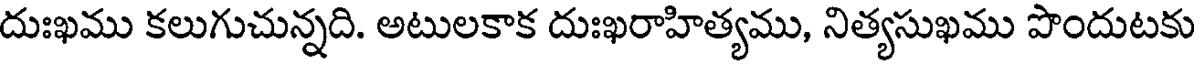
దుఃఖము కలుగుచున్నది. అటులకాక దుఃఖరాహిత్యము, నిత్యసుఖము పొందుటకు